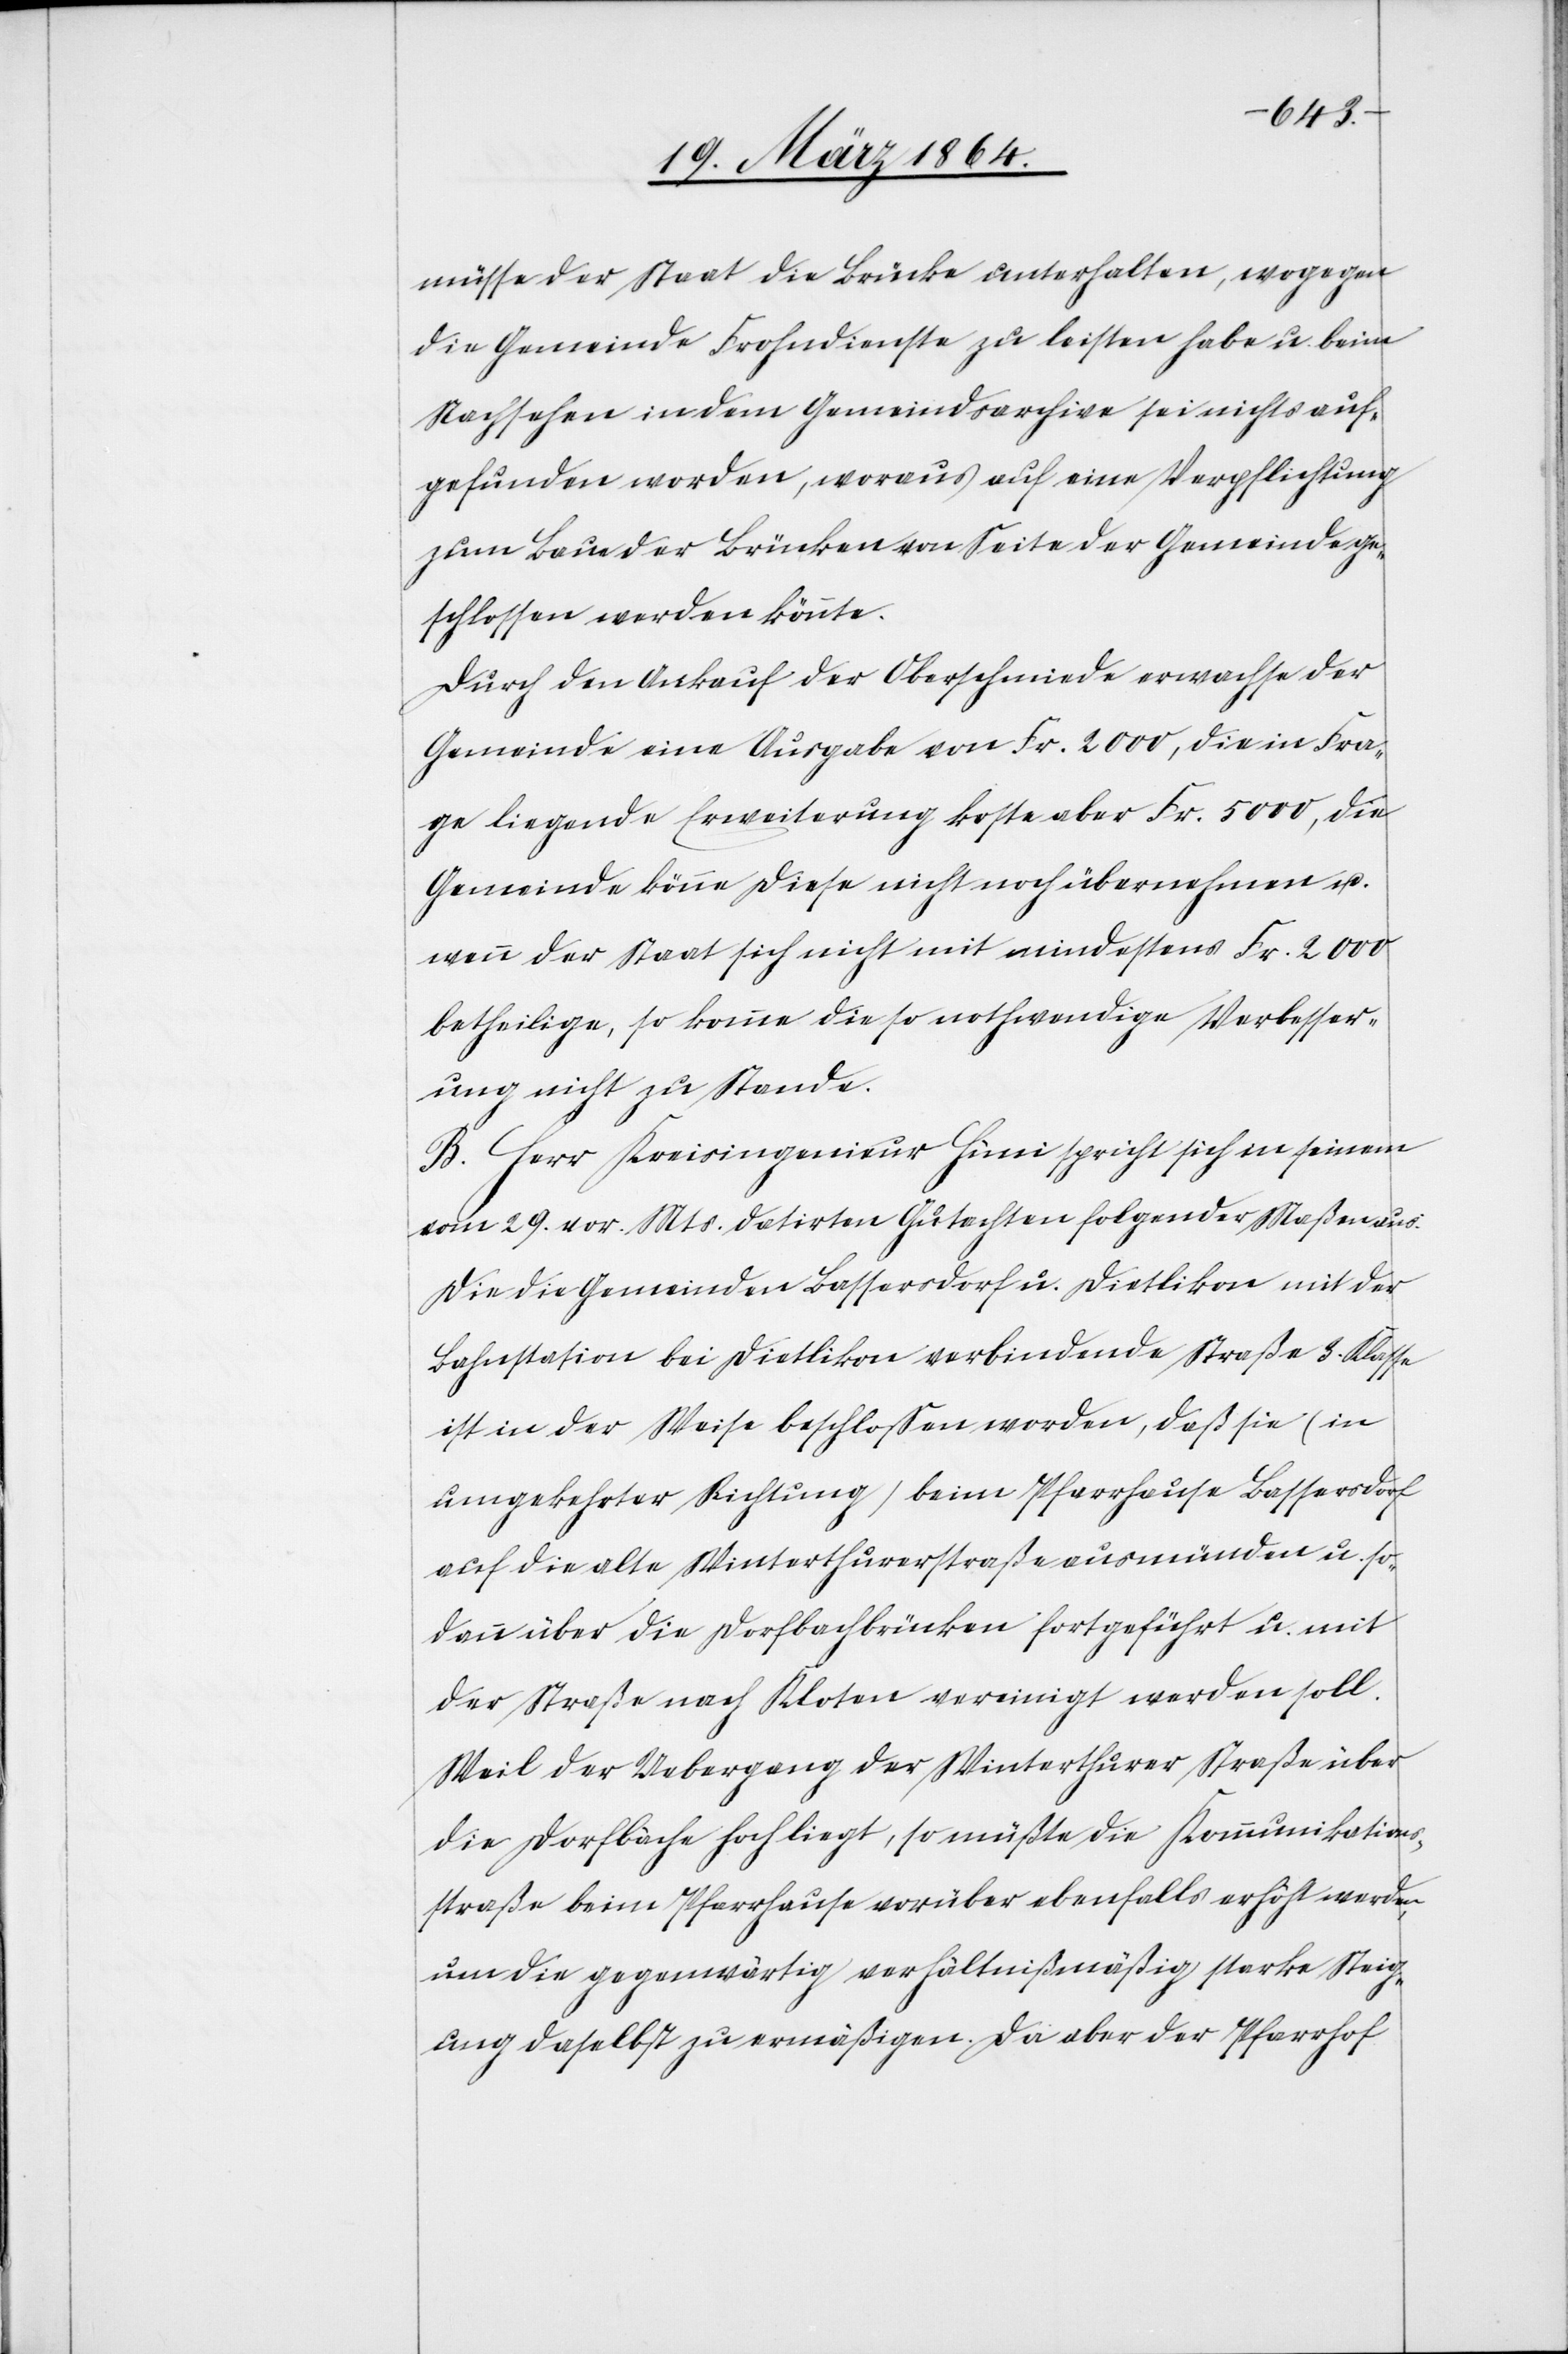
müsse der Staat die Brücke unterhalten, wogegen
die Gemeinde Frohndienste zu leisten habe u. beim
Nachsehen in dem Gemeindsarchive sei nichts auf¬
gefunden worden, woraus auf eine Verpflichtung
zum Bau der Brücken von Seite der Gemeinde ge¬
schlossen werden könnte.
Durch den Ankauf der Oberschmiede erwachse der
Gemeinde eine Ausgabe von Fr. 2000, die in Fra¬
ge liegende Erweiterung koste aber Fr. 5000, die
Gemeinde könne diese nicht noch übernehmen u.
wenn der Staat sich nicht mit mindestens Fr. 2000
betheilige, so komme die so nothwendige Verbesser¬
ung nicht zu Stande.
B. Herr Kreisingenieur Hüni spricht sich in seinem
vom 29. vor. Mts. datirten Gutachten folgender Maßen aus:
Die die Gemeinden Bassersdorf u. Dietlikon mit der
Bahnstation bei Dietlikon verbindende Straße 3. Klasse
ist in der Weise beschlossen worden, daß sie (in
umgekehrter Richtung) beim Pfarrhause Bassersdorf
auf die alte Winterthurerstraße ausmünden u. so¬
dann über die Dorfbachbrücken fortgeführt u. mit
der Straße nach Kloten vereinigt werden soll.
Weil der Uebergang der Winterthurer Straße über
die Dorfbäche hoch liegt, so müßte die Kommunikations¬
straße beim Pfarrhause vorüber ebenfalls erhöht werden,
um die gegenwärtig verhältnißmäßig starke Steig¬
ung daselbst zu ermäßigen. Da aber der Pfarrhof